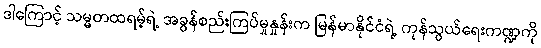
ဒါကြောင့် သမ္မတထရမ့်ရဲ့ အခွန်စည်းကြပ်မှုနှုန်းက မြန်မာနိုင်ငံရဲ့ ကုန်သွယ်ရေးကဏ္ဍကို